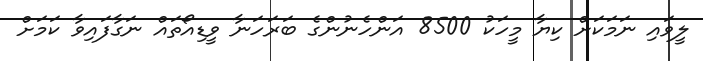
ލީވައި ނަމަކަށް ކިޔާ މީހަކު 8500 އަންހެނުންގެ ބަރަހަނާ ވީޑިއޯތައް ނަގާފައިވާ ކަމަށް